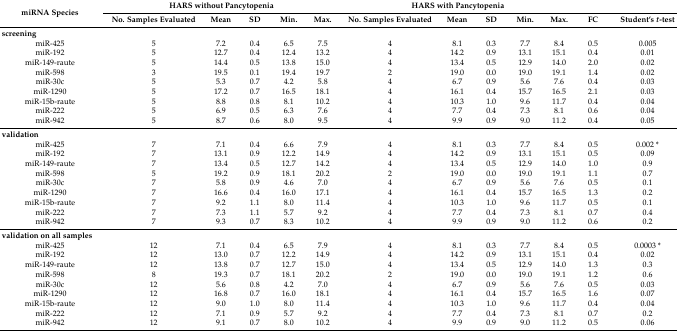
<table><thead><tr><td rowspan="2"><b>miRNA Species</b></td><td colspan="5"><b>HARS without Pancytopenia </b></td><td colspan="5"><b>HARS with Pancytopenia</b></td><td></td><td></td></tr><tr><td><b>No. Samples Evaluated</b></td><td><b>Mean</b></td><td><b>SD</b></td><td><b>Min.</b></td><td><b>Max.</b></td><td><b>No. Samples Evaluated</b></td><td><b>Mean</b></td><td><b>SD</b></td><td><b>Min.</b></td><td><b>Max.</b></td><td><b>FC</b></td><td><b>Student’s <i>t</i>-test</b></td></tr></thead><tbody><tr><td><b>screening</b></td><td></td><td></td><td></td><td></td><td></td><td></td><td></td><td></td><td></td><td></td><td></td><td></td></tr><tr><td>miR-425</td><td>5</td><td>7.2</td><td>0.4</td><td>6.5</td><td>7.5</td><td>4</td><td>8.1</td><td>0.3</td><td>7.7</td><td>8.4</td><td>0.5</td><td>0.005</td></tr><tr><td>miR-192</td><td>5</td><td>12.7</td><td>0.4</td><td>12.4</td><td>13.2</td><td>4</td><td>14.2</td><td>0.9</td><td>13.1</td><td>15.1</td><td>0.4</td><td>0.01</td></tr><tr><td>miR-149-raute</td><td>5</td><td>14.4</td><td>0.5</td><td>13.8</td><td>15.0</td><td>4</td><td>13.4</td><td>0.5</td><td>12.9</td><td>14.0</td><td>2.0</td><td>0.02</td></tr><tr><td>miR-598</td><td>3</td><td>19.5</td><td>0.1</td><td>19.4</td><td>19.7</td><td>2</td><td>19.0</td><td>0.0</td><td>19.0</td><td>19.1</td><td>1.4</td><td>0.02</td></tr><tr><td>miR-30c</td><td>5</td><td>5.3</td><td>0.7</td><td>4.2</td><td>5.8</td><td>4</td><td>6.7</td><td>0.9</td><td>5.6</td><td>7.6</td><td>0.4</td><td>0.03</td></tr><tr><td>miR-1290</td><td>5</td><td>17.2</td><td>0.7</td><td>16.5</td><td>18.1</td><td>4</td><td>16.1</td><td>0.4</td><td>15.7</td><td>16.5</td><td>2.1</td><td>0.03</td></tr><tr><td>miR-15b-raute</td><td>5</td><td>8.8</td><td>0.8</td><td>8.1</td><td>10.2</td><td>4</td><td>10.3</td><td>1.0</td><td>9.6</td><td>11.7</td><td>0.4</td><td>0.04</td></tr><tr><td>miR-222</td><td>5</td><td>6.9</td><td>0.5</td><td>6.3</td><td>7.6</td><td>4</td><td>7.7</td><td>0.4</td><td>7.3</td><td>8.1</td><td>0.6</td><td>0.04</td></tr><tr><td>miR-942</td><td>5</td><td>8.7</td><td>0.6</td><td>8.0</td><td>9.5</td><td>4</td><td>9.9</td><td>0.9</td><td>9.0</td><td>11.2</td><td>0.4</td><td>0.05</td></tr><tr><td><b>validation</b></td><td></td><td></td><td></td><td></td><td></td><td></td><td></td><td></td><td></td><td></td><td></td><td></td></tr><tr><td>miR-425</td><td>7</td><td>7.1</td><td>0.4</td><td>6.6</td><td>7.9</td><td>4</td><td>8.1</td><td>0.3</td><td>7.7</td><td>8.4</td><td>0.5</td><td>0.002 *</td></tr><tr><td>miR-192</td><td>7</td><td>13.1</td><td>0.9</td><td>12.2</td><td>14.9</td><td>4</td><td>14.2</td><td>0.9</td><td>13.1</td><td>15.1</td><td>0.5</td><td>0.09</td></tr><tr><td>miR-149-raute</td><td>7</td><td>13.4</td><td>0.5</td><td>12.7</td><td>14.2</td><td>4</td><td>13.4</td><td>0.5</td><td>12.9</td><td>14.0</td><td>1.0</td><td>0.9</td></tr><tr><td>miR-598</td><td>5</td><td>19.2</td><td>0.9</td><td>18.1</td><td>20.2</td><td>2</td><td>19.0</td><td>0.0</td><td>19.0</td><td>19.1</td><td>1.1</td><td>0.7</td></tr><tr><td>miR-30c</td><td>7</td><td>5.8</td><td>0.9</td><td>4.6</td><td>7.0</td><td>4</td><td>6.7</td><td>0.9</td><td>5.6</td><td>7.6</td><td>0.5</td><td>0.1</td></tr><tr><td>miR-1290</td><td>7</td><td>16.6</td><td>0.4</td><td>16.0</td><td>17.1</td><td>4</td><td>16.1</td><td>0.4</td><td>15.7</td><td>16.5</td><td>1.3</td><td>0.2</td></tr><tr><td>miR-15b-raute</td><td>7</td><td>9.2</td><td>1.1</td><td>8.0</td><td>11.4</td><td>4</td><td>10.3</td><td>1.0</td><td>9.6</td><td>11.7</td><td>0.5</td><td>0.1</td></tr><tr><td>miR-222</td><td>7</td><td>7.3</td><td>1.1</td><td>5.7</td><td>9.2</td><td>4</td><td>7.7</td><td>0.4</td><td>7.3</td><td>8.1</td><td>0.7</td><td>0.4</td></tr><tr><td>miR-942</td><td>7</td><td>9.3</td><td>0.7</td><td>8.3</td><td>10.2</td><td>4</td><td>9.9</td><td>0.9</td><td>9.0</td><td>11.2</td><td>0.6</td><td>0.2</td></tr><tr><td><b>validation on all samples</b></td><td></td><td></td><td></td><td></td><td></td><td></td><td></td><td></td><td></td><td></td><td></td><td></td></tr><tr><td>miR-425</td><td>12</td><td>7.1</td><td>0.4</td><td>6.5</td><td>7.9</td><td>4</td><td>8.1</td><td>0.3</td><td>7.7</td><td>8.4</td><td>0.5</td><td>0.0003 *</td></tr><tr><td>miR-192</td><td>12</td><td>13.0</td><td>0.7</td><td>12.2</td><td>14.9</td><td>4</td><td>14.2</td><td>0.9</td><td>13.1</td><td>15.1</td><td>0.4</td><td>0.02</td></tr><tr><td>miR-149-raute</td><td>12</td><td>13.8</td><td>0.7</td><td>12.7</td><td>15.0</td><td>4</td><td>13.4</td><td>0.5</td><td>12.9</td><td>14.0</td><td>1.3</td><td>0.3</td></tr><tr><td>miR-598</td><td>8</td><td>19.3</td><td>0.7</td><td>18.1</td><td>20.2</td><td>2</td><td>19.0</td><td>0.0</td><td>19.0</td><td>19.1</td><td>1.2</td><td>0.6</td></tr><tr><td>miR-30c</td><td>12</td><td>5.6</td><td>0.8</td><td>4.2</td><td>7.0</td><td>4</td><td>6.7</td><td>0.9</td><td>5.6</td><td>7.6</td><td>0.5</td><td>0.03</td></tr><tr><td>miR-1290</td><td>12</td><td>16.8</td><td>0.7</td><td>16.0</td><td>18.1</td><td>4</td><td>16.1</td><td>0.4</td><td>15.7</td><td>16.5</td><td>1.6</td><td>0.07</td></tr><tr><td>miR-15b-raute</td><td>12</td><td>9.0</td><td>1.0</td><td>8.0</td><td>11.4</td><td>4</td><td>10.3</td><td>1.0</td><td>9.6</td><td>11.7</td><td>0.4</td><td>0.04</td></tr><tr><td>miR-222</td><td>12</td><td>7.1</td><td>0.9</td><td>5.7</td><td>9.2</td><td>4</td><td>7.7</td><td>0.4</td><td>7.3</td><td>8.1</td><td>0.7</td><td>0.2</td></tr><tr><td>miR-942</td><td>12</td><td>9.1</td><td>0.7</td><td>8.0</td><td>10.2</td><td>4</td><td>9.9</td><td>0.9</td><td>9.0</td><td>11.2</td><td>0.5</td><td>0.06</td></tr></tbody></table>